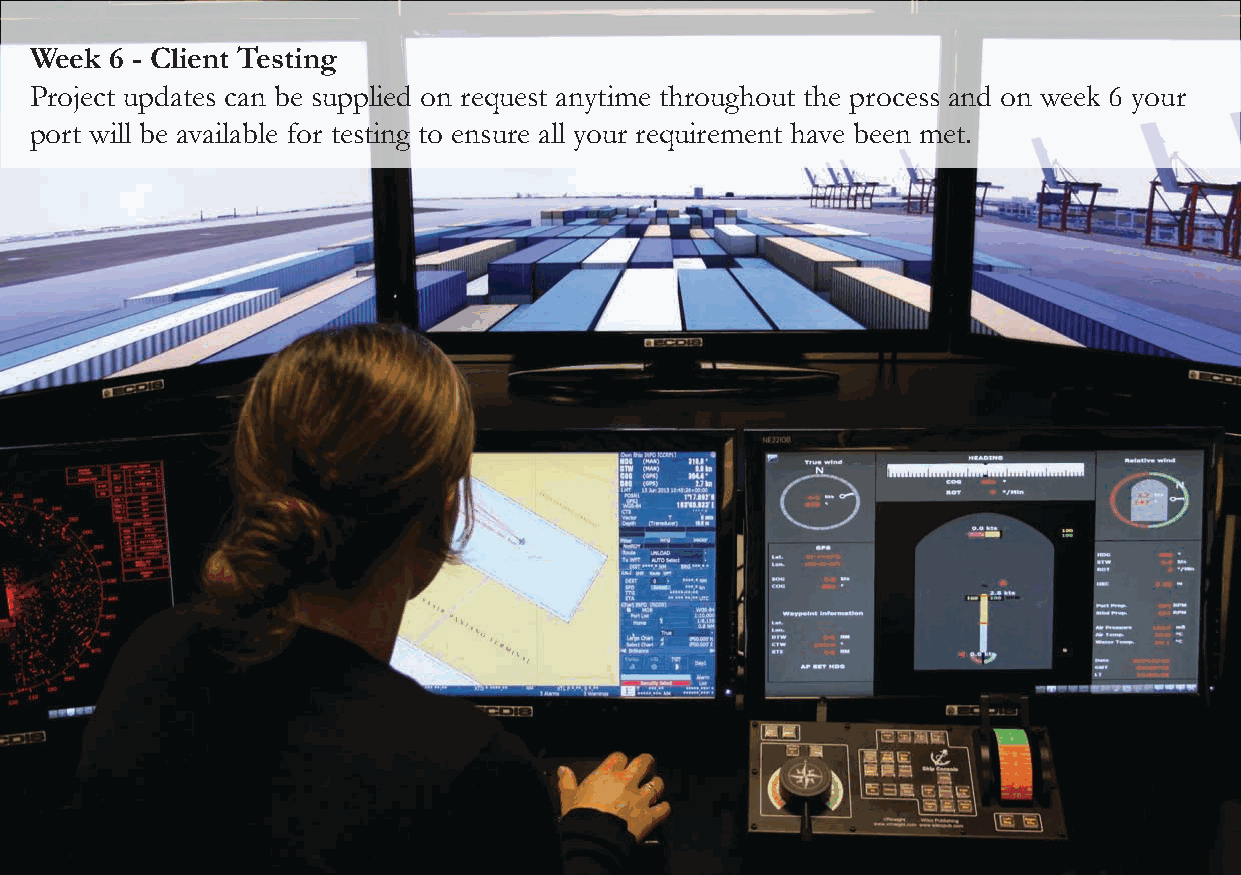
Week 6 - Client Testing
 Project updates can be supplied on request anytime throughout the process and on week 6 your
 port will be available for testing to ensure all your requirement have been met.